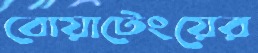
বোয়াটেংয়ের